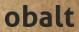
obalt